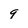
Character: 9